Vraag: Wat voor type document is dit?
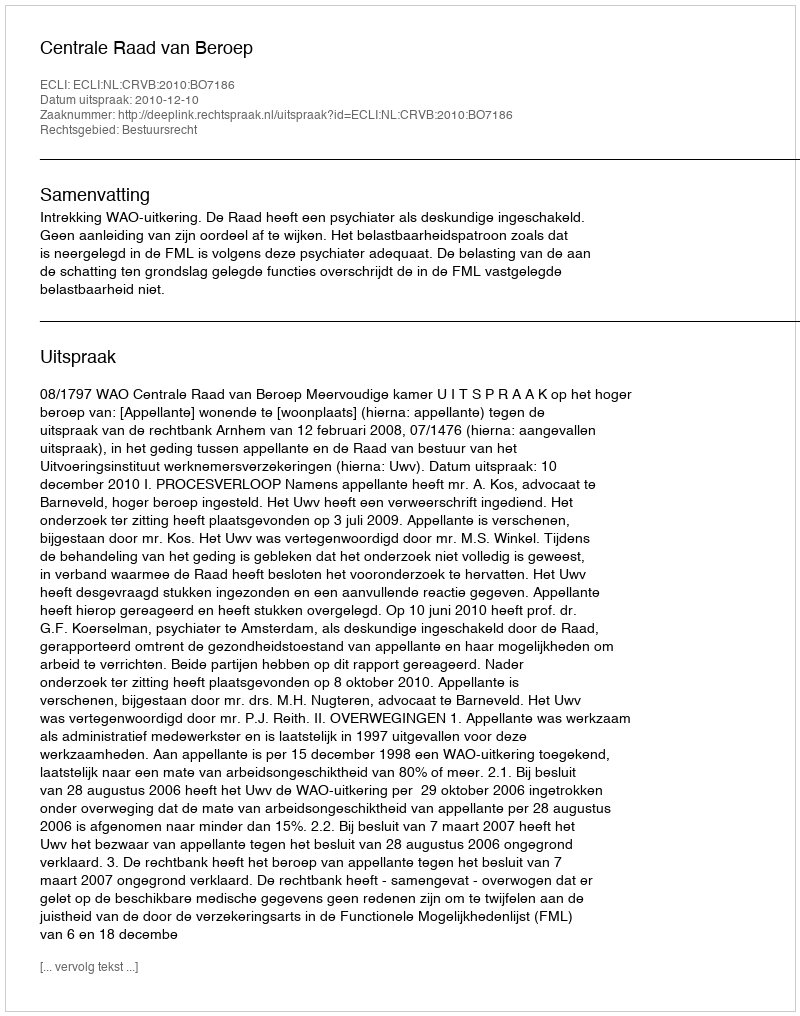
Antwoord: Uitspraak